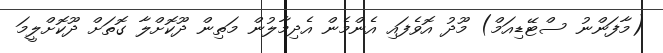
(މާފަންނު ސްޓޭޑިއަމް) މޫދު އޮވެފައި އެންމެން އެދިމާލުން މަތިން ދޫކޮށްލާ ގޮތަށް ދޫކޮށްލީމަ